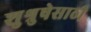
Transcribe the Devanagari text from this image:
शुश्रुषेसाठी